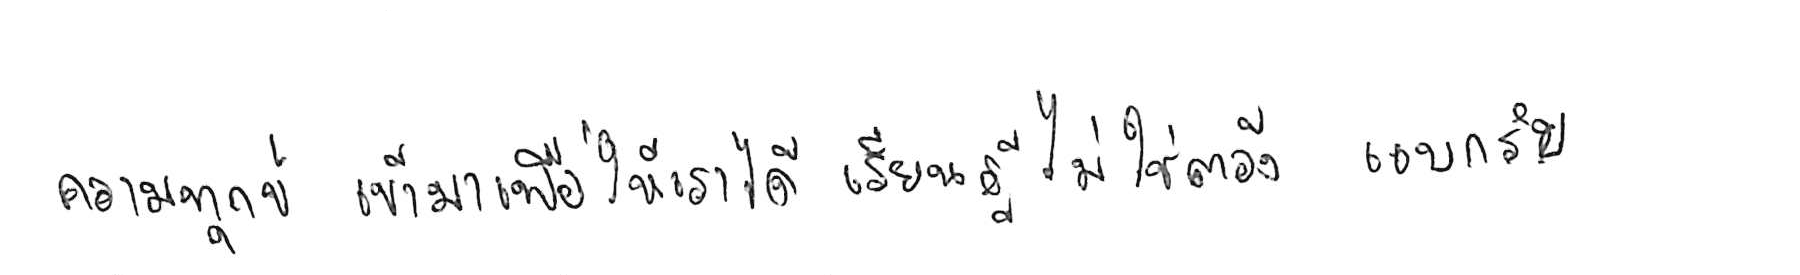
ความทุกข์ เข้ามาเพื่อให้เราได้ เรียนรู้ ไม่ใช่ต้อง แบกรับ